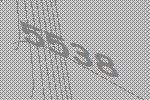
5538